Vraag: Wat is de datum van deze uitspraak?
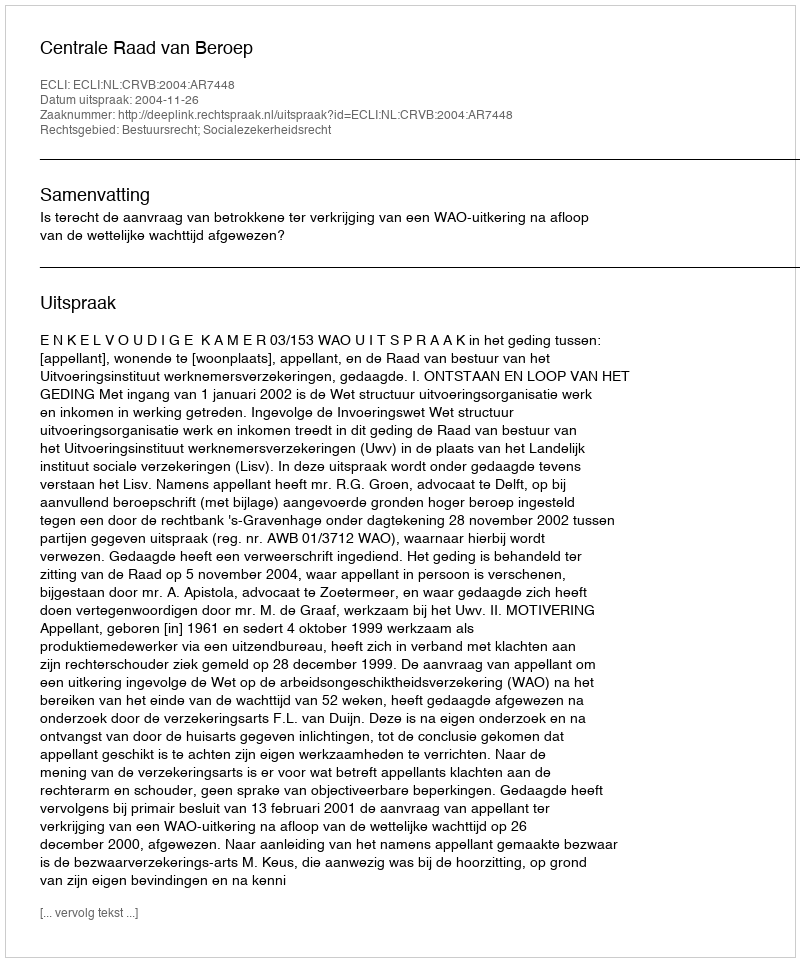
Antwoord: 2004-11-26